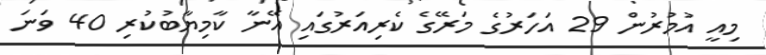
މިއީ އުމުރުން 29 އަހަރުގެ މަރޭގެ ކެރިއަރުގައި އޭނާ ކާމިޔާބުކުރި 40 ވަނަ